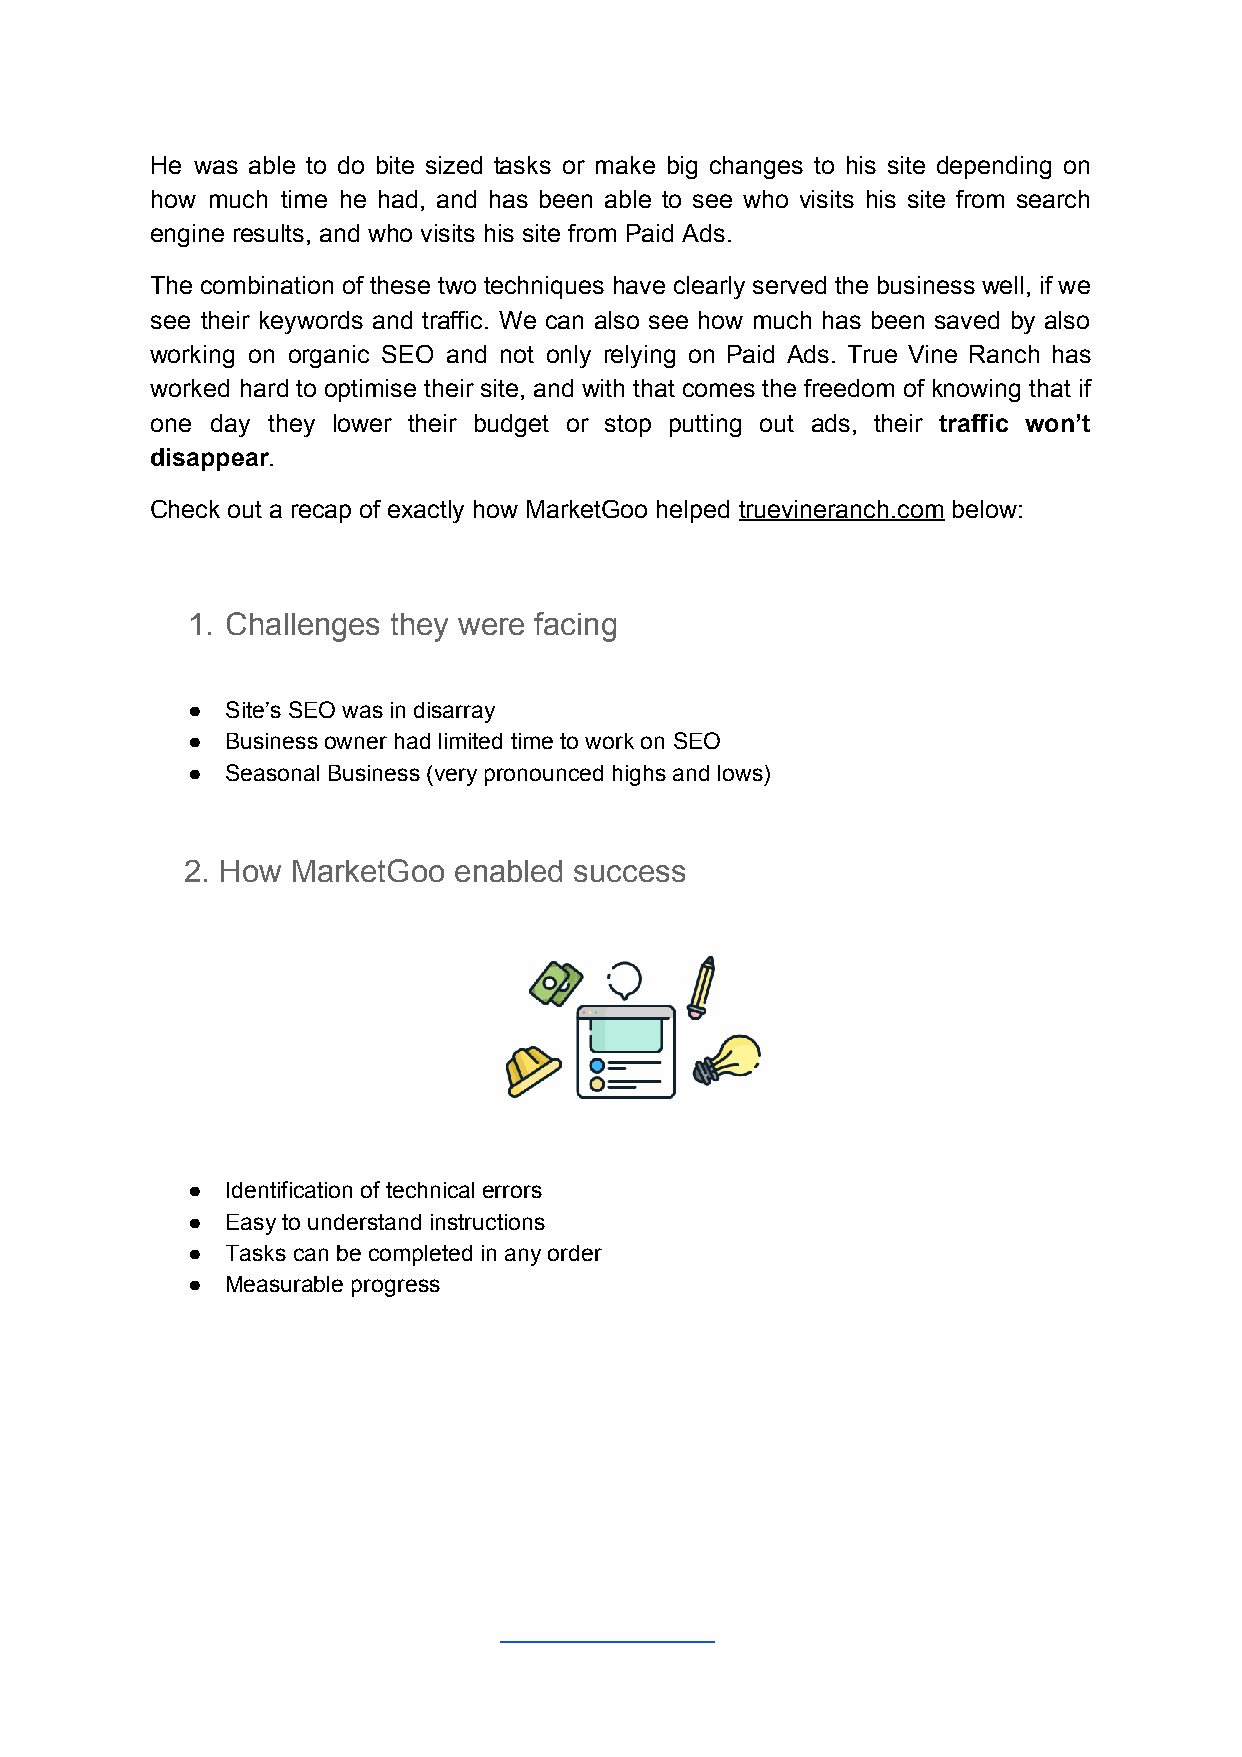
He was able to do bite sized tasks or make big changes to his site depending on
 how much time he had, and has been able to see who visits his site from search
 engine results, and who visits his site from Paid Ads.
 The combination of these two techniques have clearly served the business well, if we
 see their keywords and traffic. We can also see how much has been saved by also
 working on organic SEO and not only relying on Paid Ads. True Vine Ranch has
 worked hard to optimise their site, and with that comes the freedom of knowing that if
 one day they lower their budget or stop putting out ads, their traffic won’t
 ​
 disappear.
 ​
 Check out a recap of exactly how MarketGoo helped truevineranch.com below:
 ​             ​
 1. Challenges they were facing
 ●  Site’s SEO was in disarray
 ●  Business owner had limited time to work on SEO
 ●  Seasonal Business (very pronounced highs and lows)
 2. How MarketGoo  enabled success
 ●  Identification of technical errors
 ●  Easy to understand instructions
 ●  Tasks can be completed in any order
 ●  Measurable progress